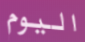
اليوم